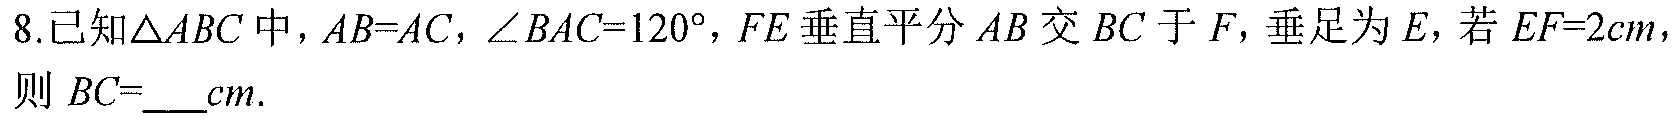
8.已知\(\triangle ABC\)中，\(AB = AC\)，\(\angle BAC = 120^{\circ}\)，\(FE\)垂直平分\(AB\)交\(BC\)于\(F\)，垂足为\(E\)，若\(EF = 2cm\)，
则 \(BC=\underline{\quad}cm.\)